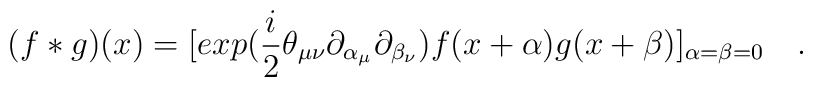
(f*g)(x) = [exp(\frac{i}{2} \theta_{\mu \nu}\partial_{\alpha_{\mu}} \partial_{\beta_{\nu}})f(x + \alpha) g(x+\beta)]_{\alpha=\beta=0} ~~~.